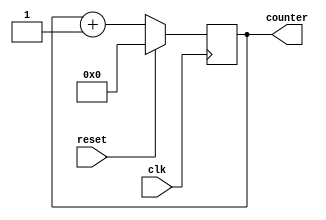
module counter(input clk, input reset, output reg [3:0]counter);

always @(posedge clk) begin
if(reset) counter <=4'd0;
else counter <= counter +1;
end

endmodule